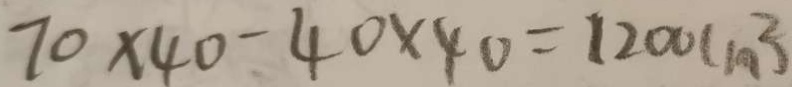
7 0 \times 4 0 - 4 0 \times 4 0 = 1 2 0 0 ( m ^ { 2 } )